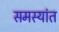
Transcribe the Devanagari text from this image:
समस्यांत